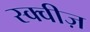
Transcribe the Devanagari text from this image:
स्क्वीज़